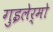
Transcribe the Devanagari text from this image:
गुइलेर्मो